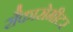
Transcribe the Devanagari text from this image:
सैकारोमीटर